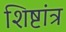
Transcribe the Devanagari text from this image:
शिष्टांत्र